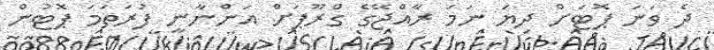
ދެ ވަނަ ޕޮޓަށް ދިޔަ ނަމަ ރާއްޖޭގެ ގްރޫޕަށް އަންނާނީ ފުރަތަމަ ޕޮޓުން